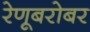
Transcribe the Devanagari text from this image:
रेणूबरोबर